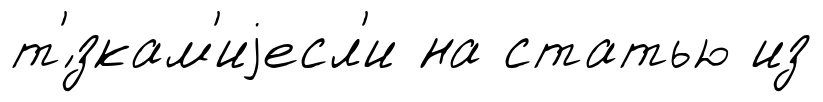
т'́зкам'иjесл'и на статью из